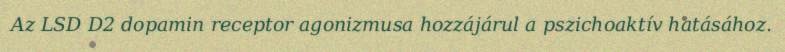
Az LSD D2 dopamin receptor agonizmusa hozzájárul a pszichoaktív hatásához.